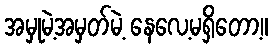
အမှုမဲ့အမှတ်မဲ့ နေလေ့မရှိတော့။